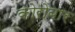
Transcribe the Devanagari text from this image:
कोरोबार